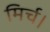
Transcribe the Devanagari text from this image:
मिर्च।